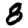
Digit: 8